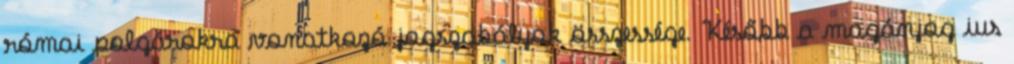
római polgárokra vonatkozó jogszabályok összessége. Később a magánjog ius